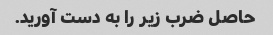
حاصل ضرب زیر را به دست آورید.